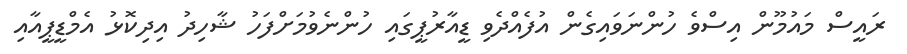
ރައީސް މައުމޫން އިސްވެ ހުންނަވައިގެން އުފެއްދެވި ޑީއާރުޕީގައި ހުންނެވުމަށްފަހު ޝާހިދު އިދިކޮޅު އެމްޑީޕީއާއި